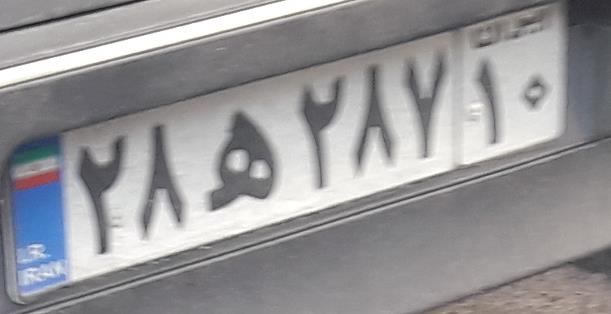
۲۸ه۲۸۷۱۰